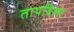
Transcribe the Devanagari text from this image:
तापविला